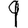
Digit: 9